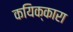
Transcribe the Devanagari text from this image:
कयिक्कारा